Lunatic asylums United Provinces 1899-1908 - 1899-1908
Year: 1899
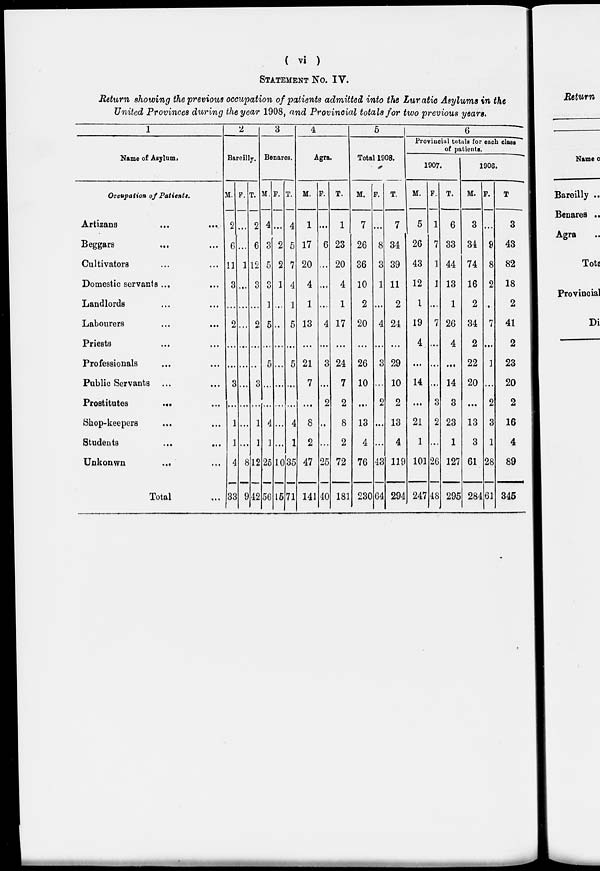
( vi )
STATEMENT No. IV.
Return showing the previous occupation of patients admitted into the Lunatic Asylums in the
United Provinces during the year 1908, and Provincial totals for two previous years.
1
Name of Asylum.
Occupation of Patients.
Artizans
...
...
Beggars ... ...
Cultivators ... ...
Domestic servants ... ...
Landlords ... ...
Labourers ... ...
Priests ... ...
Professionals ... ...
Public Servants ... ...
Prostitutes
...
...
Shop-keepers ... ...
Students ... ...
Unkonwn ... ...
Total ...
2
Bareilly.
M.
2
6
11
3
...
2
...
...
3
...
1
1
4
33
F.
...
...
1
...
...
...
...
...
...
...
...
...
8
9
T.
2
6
12
3
...
2
...
...
3
...
1
1
12
42
3
Benares.
M.
4
3
5
3
1
5
...
5
...
...
4
1
25
56
F.
...
2
2
1
...
...
...
...
...
...
...
...
10
15
T.
4
5
7
4
1
5
...
5
...
...
4
1
35
71
4
Agra.
M.
1
17
20
4
1
13
...
21
7
...
8
2
47
141
F.
...
6
...
...
...
4
...
3
...
2
...
...
25
40
T.
1
23
20
4
1
17
...
24
7
2
8
2
72
181
5
Total 1908.
M.
7
26
36
10
2
20
...
26
10
...
13
4
76
230
F.
...
8
3
1
...
4
...
3
...
2
...
...
43
64
T.
7
34
39
11
2
24
...
29
10
2
13
4
119
294
6
Provincial totals for each class
of patients.
1907.
M.
5
26
43
12
1
19
4
...
14
...
21
1
101
247
F.
1
7
1
1
...
7
...
...
...
3
2
...
26
48
T.
6
33
44
13
1
26
4
...
14
3
23
1
127
295
1906.
M.
3
34
74
16
2
34
2
22
20
...
13
3
61
284
F.
...
9
8
2
...
7
...
1
...
2
3
1
28
61
T.
3
43
82
18
2
41
2
23
20
2
16
4
89
345